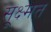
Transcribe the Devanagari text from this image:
सूक्ष्मत